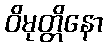
ဝိမုတ္တိနော